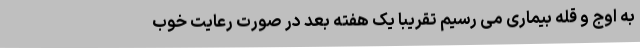
به اوج و قله بیماری می رسیم تقریبا یک هفته بعد در صورت رعایت خوب